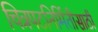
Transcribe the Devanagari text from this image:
चित्रपटनिर्मितीसाठी